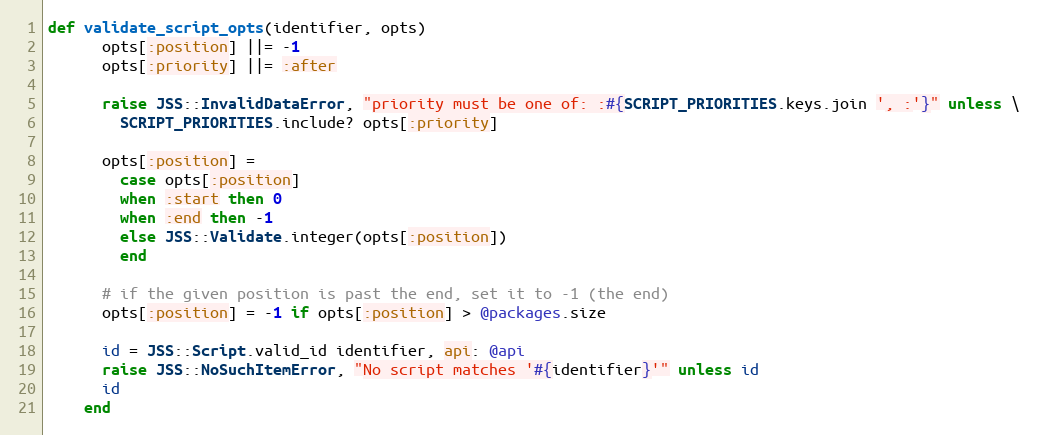
Language: Ruby
def validate_script_opts(identifier, opts)
      opts[:position] ||= -1
      opts[:priority] ||= :after

      raise JSS::InvalidDataError, "priority must be one of: :#{SCRIPT_PRIORITIES.keys.join ', :'}" unless \
        SCRIPT_PRIORITIES.include? opts[:priority]

      opts[:position] =
        case opts[:position]
        when :start then 0
        when :end then -1
        else JSS::Validate.integer(opts[:position])
        end

      # if the given position is past the end, set it to -1 (the end)
      opts[:position] = -1 if opts[:position] > @packages.size

      id = JSS::Script.valid_id identifier, api: @api
      raise JSS::NoSuchItemError, "No script matches '#{identifier}'" unless id
      id
    end